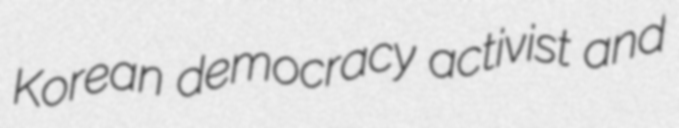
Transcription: Korean democracy activist and